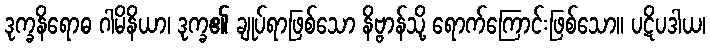
ဒုက္ခနိရောဓ ဂါမိနိယာ၊ ဒုက္ခ၏ ချုပ်ရာဖြစ်သော နိဗ္ဗာန်သို့ ရောက်ကြောင်းဖြစ်သော။ ပဋိပဒါယ၊